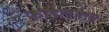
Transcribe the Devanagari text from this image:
फाइलनाम